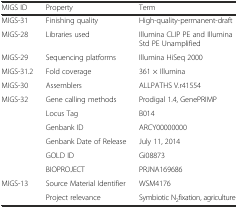
<table><thead><tr><td><b>MIGS ID</b></td><td><b>Property</b></td><td><b>Term</b></td></tr></thead><tbody><tr><td>MIGS-31</td><td>Finishing quality</td><td>High-quality-permanent-draft</td></tr><tr><td>MIGS-28</td><td>Libraries used</td><td>Illumina CLIP PE and Illumina Std PE Unamplified</td></tr><tr><td>MIGS-29</td><td>Sequencing platforms</td><td>Illumina HiSeq 2000</td></tr><tr><td>MIGS-31.2</td><td>Fold coverage</td><td>361 × Illumina</td></tr><tr><td>MIGS-30</td><td>Assemblers</td><td>ALLPATHS V.r41554</td></tr><tr><td>MIGS-32</td><td>Gene calling methods</td><td>Prodigal 1.4, GenePRIMP</td></tr><tr><td></td><td>Locus Tag</td><td>B014</td></tr><tr><td></td><td>Genbank ID</td><td>ARCY00000000</td></tr><tr><td></td><td>Genbank Date of Release</td><td>July 11, 2014</td></tr><tr><td></td><td>GOLD ID</td><td>Gi08873</td></tr><tr><td></td><td>BIOPROJECT</td><td>PRJNA169686</td></tr><tr><td>MIGS-13</td><td>Source Material Identifier</td><td>WSM4176</td></tr><tr><td></td><td>Project relevance</td><td>Symbiotic N<sub>2</sub>fixation, agriculture</td></tr></tbody></table>